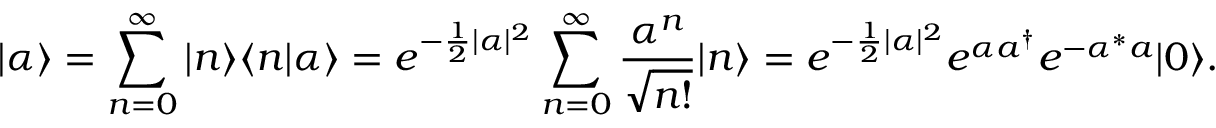
| \alpha \rangle = \sum _ { n = 0 } ^ { \infty } | n \rangle \langle n | \alpha \rangle = e ^ { - { \frac { 1 } { 2 } } | \alpha | ^ { 2 } } \sum _ { n = 0 } ^ { \infty } { \frac { \alpha ^ { n } } { \sqrt { n ! } } } | n \rangle = e ^ { - { \frac { 1 } { 2 } } | \alpha | ^ { 2 } } e ^ { \alpha a ^ { \dagger } } e ^ { - { \alpha ^ { * } a } } | 0 \rangle .